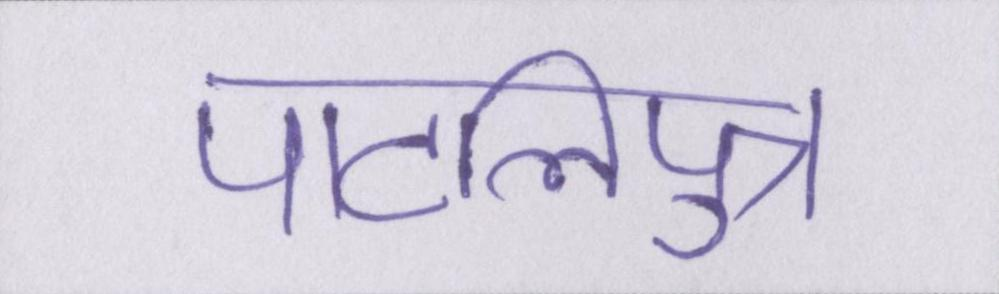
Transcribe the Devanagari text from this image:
पाटलिपुत्र